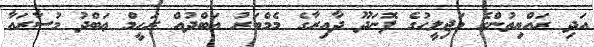
އަދި ރައްޔިތުންގެ މަޖިލީހުގެ ފޮނަދޫ ދާއިރާގެ މެމްބަރު އަބްދުއް ރަހީމް ޢަބްދު މުސާރައާ